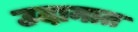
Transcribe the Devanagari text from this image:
उदानात